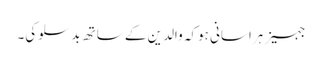
جہیز ہراسانی ہوکہ والدین کے ساتھ بدسلوکی۔